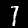
Digit: 1